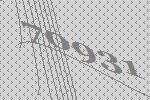
70931